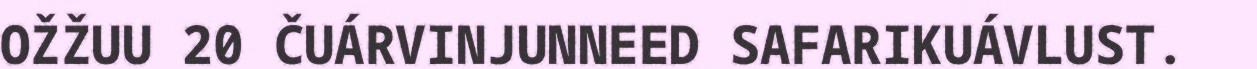
OŽŽUU 20 ČUÁRVINJUNNEED SAFARIKUÁVLUST.